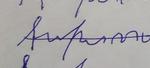
Signature authenticity: forged